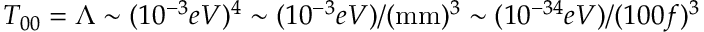
T _ { 0 0 } = \Lambda \sim ( 1 0 ^ { - 3 } e V ) ^ { 4 } \sim ( 1 0 ^ { - 3 } e V ) / ( \mathrm { m m } ) ^ { 3 } \sim ( 1 0 ^ { - 3 4 } e V ) / ( 1 0 0 f ) ^ { 3 }